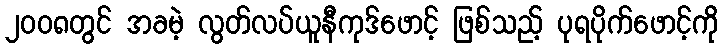
၂၀၀၈တွင် အခမဲ့ လွတ်လပ်ယူနီကုဒ်ဖောင့် ဖြစ်သည့် ပုရပိုက်ဖောင့်ကို